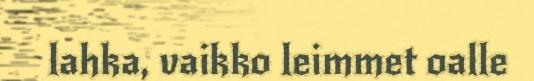
lahka, vaikko leimmet oalle